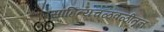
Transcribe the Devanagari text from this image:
साहित्यचळवळीतून